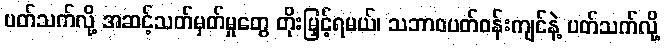
ပတ်သက်လို့ အဆင့်သတ်မှတ်မှုတွေ တိုးမြှင့်ရမယ်၊ သဘာဝပတ်ဝန်းကျင်နဲ့ ပတ်သက်လို့